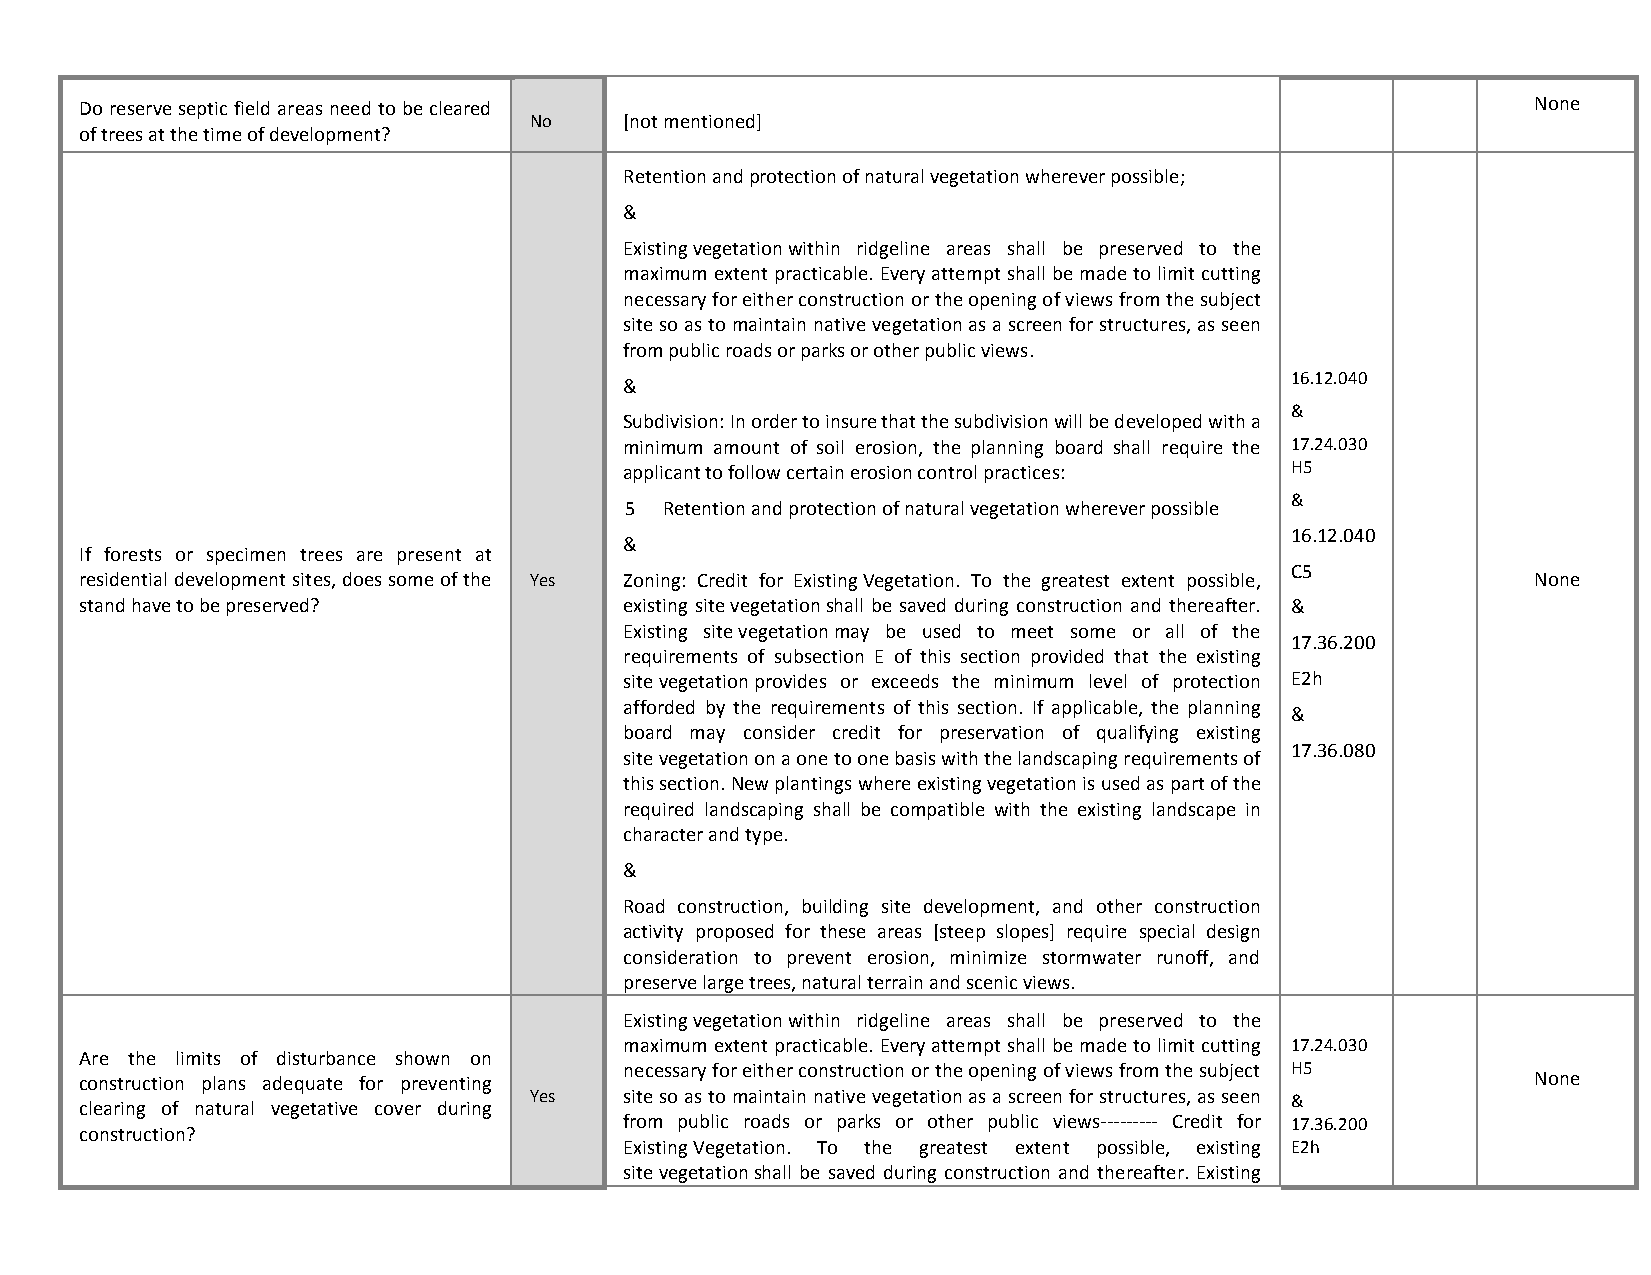
Do reserve septic field areas need to be cleared                                                 None
 No    [not mentioned]
 of trees at the time of development?
 Retention and protection of natural vegetation wherever possible;
 &
 Existing vegetation within ridgeline areas shall be preserved to the
 maximum extent practicable. Every attempt shall be made to limit cutting
 necessary for either construction or the opening of views from the subject
 site so as to maintain native vegetation as a screen for structures, as seen
 from public roads or parks or other public views.
 16.12.040
 &
 &
 Subdivision: In order to insure that the subdivision will be developed with a
 minimum amount of soil erosion, the planning board shall require the 17.24.030
 applicant to follow certain erosion control practices: H5
 &
 5  Retention and protection of natural vegetation wherever possible
 16.12.040
 &
 If forests or specimen trees are present at
 C5
 residential development sites, does some of the Yes Zoning: Credit for Existing Vegetation. To the greatest extent possible, None
 stand have to be preserved?         existing site vegetation shall be saved during construction and thereafter. &
 Existing site vegetation may be used to meet some or all of the
 17.36.200
 requirements of subsection E of this section provided that the existing
 site vegetation provides or exceeds the minimum level of protection E2h
 afforded by the requirements of this section. If applicable, the planning
 &
 board may consider credit for preservation of qualifying existing
 17.36.080
 site vegetation on a one to one basis with the landscaping requirements of
 this section. New plantings where existing vegetation is used as part of the
 required landscaping shall be compatible with the existing landscape in
 character and type.
 &
 Road construction, building site development, and other construction
 activity proposed for these areas [steep slopes] require special design
 consideration to prevent erosion, minimize stormwater runoff, and
 preserve large trees, natural terrain and scenic views.
 Existing vegetation within ridgeline areas shall be preserved to the
 maximum extent practicable. Every attempt shall be made to limit cutting 17.24.030
 Are the limits of disturbance shown on
 necessary for either construction or the opening of views from the subject H5
 construction plans adequate for preventing                                                       None
 Yes   site so as to maintain native vegetation as a screen for structures, as seen &
 clearing of natural vegetative cover during
 from public roads or parks or other public views--------- Credit for 17.36.200
 construction?
 Existing Vegetation. To the greatest extent possible, existing E2h
 site vegetation shall be saved during construction and thereafter. Existing